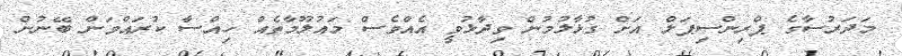
މަދަރުސާގެ ޕްރިންސިޕަލް އަށް ގުޅާލުމުން ވިދާޅުވީ އެއްވެސް މައުލޫމާތެއް ހިއްސާ ކުރައްވަން ބޭނުން